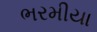
ભરમીયા